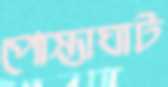
পোস্তাঘাট